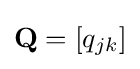
\textstyle \mathbf {Q} =\left[q_{jk}\right]